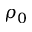
\rho _ { 0 }